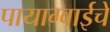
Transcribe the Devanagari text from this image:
पायाग्वाईचे